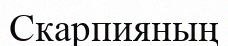
Скарпияның